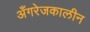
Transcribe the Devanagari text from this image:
अँगरेजकालीन